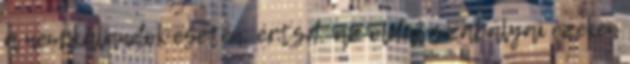
a nem kalandok esetén; értsd: az oldal szabályai ezeken